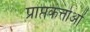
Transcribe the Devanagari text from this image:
प्राप्तकर्त्ताओं